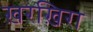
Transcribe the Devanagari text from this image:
ख़रख़िरा